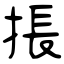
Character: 掁